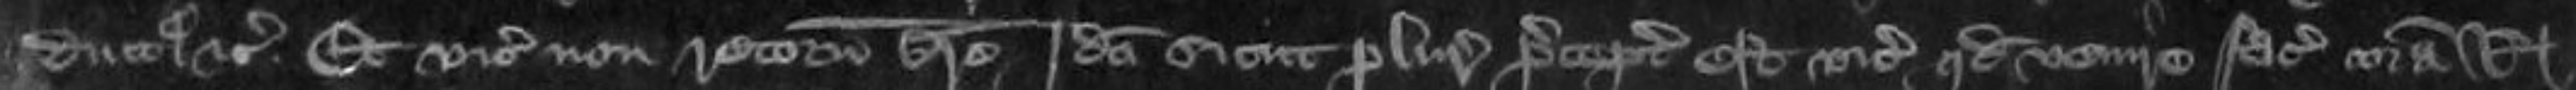
ducetur etc Et vicecomes non retornavit breve Ideo sicut pluries preceptum est vicecomiti quod venire facere coram Regis